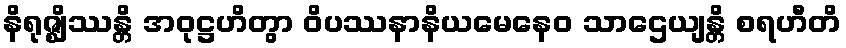
နိရုဇ္ဈိဿန္တိ အဝုဋ္ဌဟိတွာ ဝိပဿနာနိယမေနေဝ သာဌေယျန္တိ စရဟီတိ